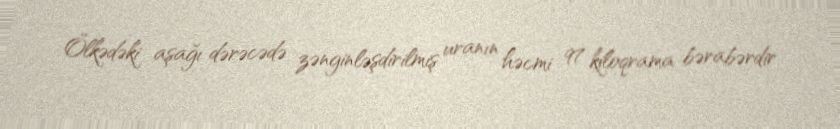
Ölkədəki aşağı dərəcədə zənginləşdirilmiş uranın həcmi 97 kiloqrama bərabərdir